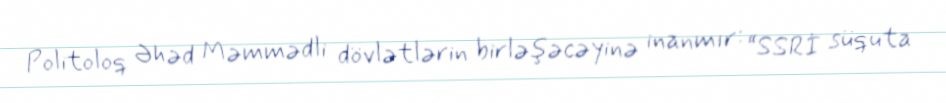
Politoloq Əhəd Məmmədli dövlətlərin birləşəcəyinə inanmır: “SSRİ süquta